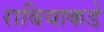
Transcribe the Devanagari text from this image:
राबियाकडे